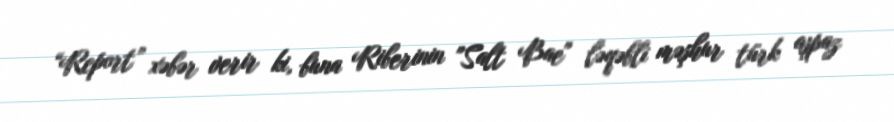
“Report” xəbər verir ki, buna Riberinin "Salt Bae" ləqəbli məşhur türk aşpaz